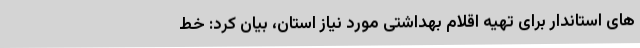
های استاندار برای تهیه اقلام بهداشتی مورد نیاز استان، بیان کرد: خط